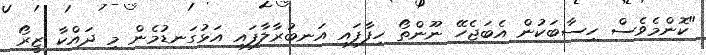
"ކޮންމެވެސް ހިސާބަކުން އެބަޖެހޭ ނޫންތޯ ހިފާފައި އަނބުރާލާފައި އަޅުގަނޑުމެން މި ދައްކާ ޒީރޯ